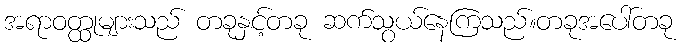
အရာဝတ္ထုများသည် တခုနှင့်တခု ဆက်သွယ်နေကြသည်။တခုအပေါ်တခု